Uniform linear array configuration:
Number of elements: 48
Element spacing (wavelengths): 1
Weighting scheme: kaiser
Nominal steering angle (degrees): -60
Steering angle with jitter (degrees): -60.531
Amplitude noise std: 0.05
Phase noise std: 0.05

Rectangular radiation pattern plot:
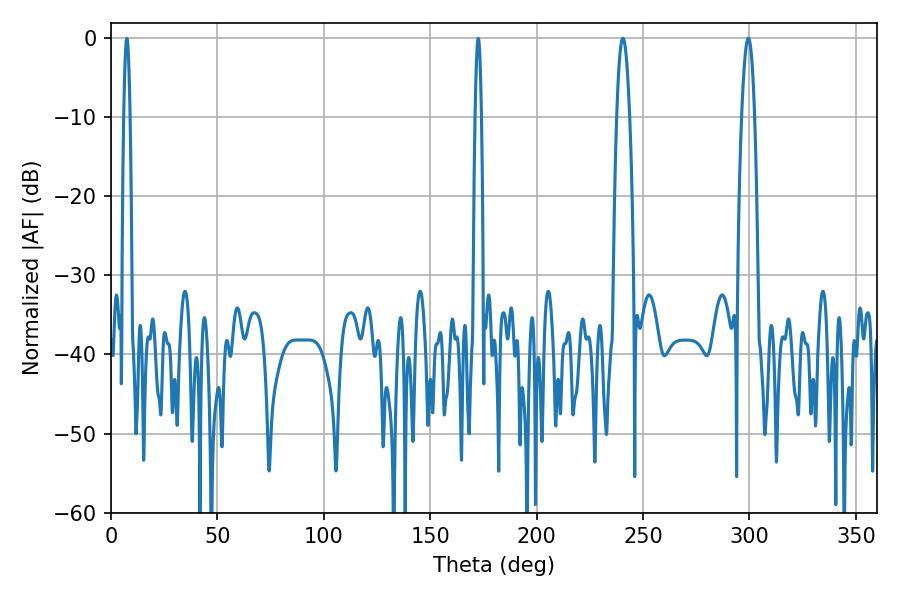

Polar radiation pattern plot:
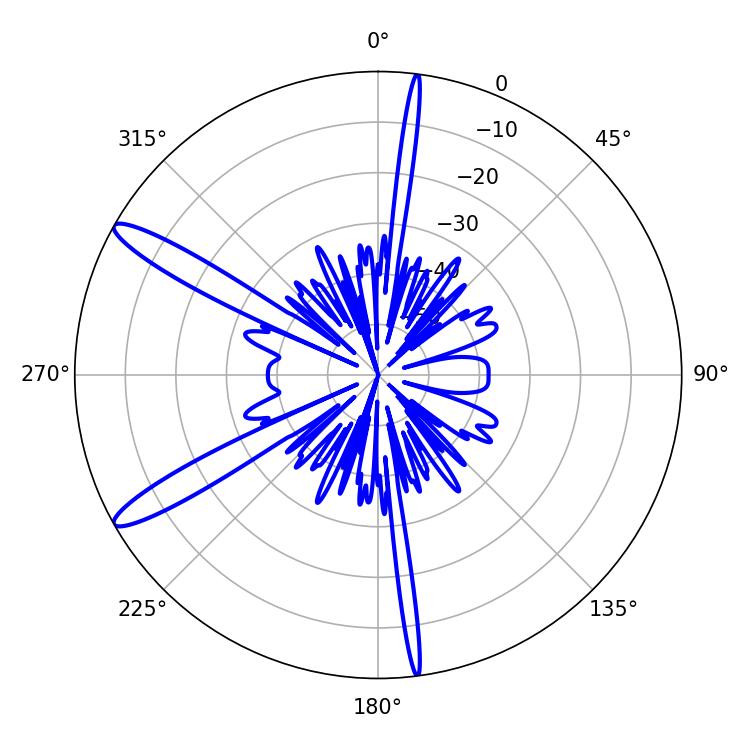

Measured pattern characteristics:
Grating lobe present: TRUE
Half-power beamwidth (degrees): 3.42
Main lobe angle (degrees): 299.52